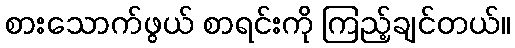
စားသောက်ဖွယ် စာရင်းကို ကြည့်ချင်တယ်။